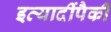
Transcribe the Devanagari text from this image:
इत्यादींपैकी